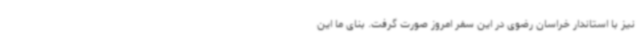
نیز با استاندار خراسان رضوی در این سفر امروز صورت گرفت. بنای ما این